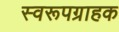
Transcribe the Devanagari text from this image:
स्वरूपग्राहक